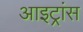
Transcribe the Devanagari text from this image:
आइट्रांस